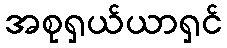
အစုရှယ်ယာရှင်